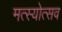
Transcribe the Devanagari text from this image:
मत्स्योत्सव